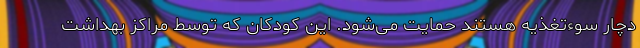
دچار سوءتغذیه هستند حمایت می‌شود. این کودکان که توسط مراکز بهداشت